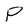
Character: P